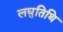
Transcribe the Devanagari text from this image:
लघुतिथि